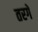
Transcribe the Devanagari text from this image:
तरगें